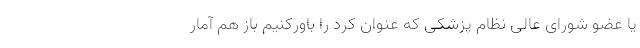
یا عضو شورای عالی نظام پزشکی که عنوان کرد را باورکنیم باز هم آمار